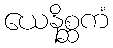
ယေနိစ္ဆကံ